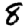
Digit: 8